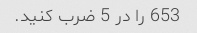
653 را در 5 ضرب کنید.